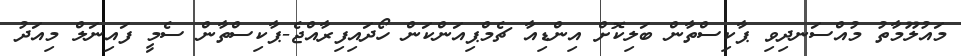
މައުލޫމާތު މުއްސަނދިވި ޕާކިސްތާން ބަލިކޮށް އިންޑިއާ ޗެމްޕިއަންކަން ހޯދައިފިރާއްޖެ-ޕާކިސްތާން ސެމީ ފައިނަލް މިއަދު